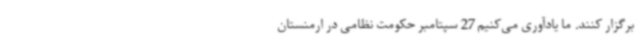
برگزار کنند. ما یادآوری می‌کنیم 27 سپتامبر حکومت نظامی در ارمنستان